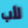
لأب